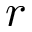
r